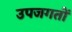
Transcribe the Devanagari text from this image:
उपजगतों